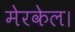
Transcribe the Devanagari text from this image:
मेरकेल।